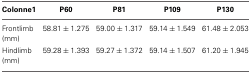
<table><thead><tr><td><b>Colonne1</b></td><td><b>P60</b></td><td><b>P81</b></td><td><b>P109</b></td><td><b>P130</b></td></tr></thead><tbody><tr><td>Frontlimb (mm)</td><td>58.81 ± 1.275</td><td>59.00 ± 1.317</td><td>59.14 ± 1.549</td><td>61.48 ± 2.053</td></tr><tr><td>Hindlimb (mm)</td><td>59.28 ± 1.393</td><td>59.27 ± 1.372</td><td>59.14 ± 1.507</td><td>61.20 ± 1.945</td></tr></tbody></table>